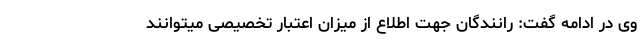
وی در ادامه گفت: رانندگان جهت اطلاع از میزان اعتبار تخصیصی میتوانند